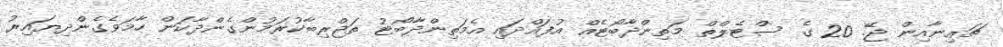
ޗައިނާއިން ޖޭ. 20 ގެ ސްޓެލްތް މަތިންދާބޯޓެއް އުފައްދައި އެމަތިންދާބޯޓު ތަޖްރިބާކުރަމުންގެންދާކަން ހާމަވެގެންދިޔައިރު